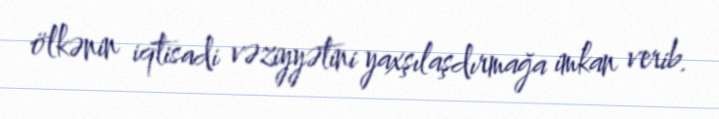
ölkənin iqtisadi vəziyyətini yaxşılaşdırmağa imkan verib.